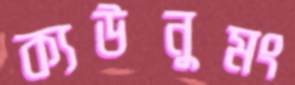
ক্যউনুমং